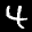
Label: 4